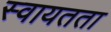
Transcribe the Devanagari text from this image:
स्‍वायतता